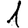
Digit: 1